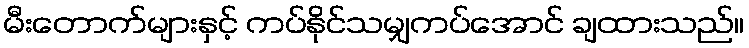
မီးတောက်များနှင့် ကပ်နိုင်သမျှကပ်အောင် ချထားသည်။